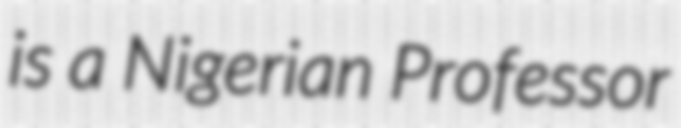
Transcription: is a Nigerian Professor